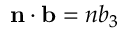
\mathbf { n \cdot b } = n b _ { 3 }